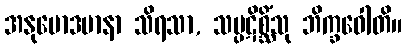
အနုမောဒမာနာ သိရသာ, သမ္ပဋိစ္ဆိံသု ဘိက္ခဝေါတိ။